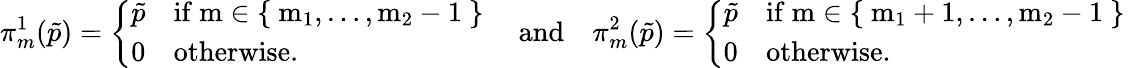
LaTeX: \pi_{m}^{1}(\tilde{p})=\left\{ \begin{array}{ll}{\tilde{p}}&{\mathrm{if~m\in\{ ~m_1,\dots,m_2-1~\} ~}}\\ {0}&{\mathrm{otherwise}.}\end{array}\right.\quad\mathrm{and}\quad\pi_{m}^{2}(\tilde{p})=\left\{ \begin{array}{ll}{\tilde{p}}&{\mathrm{if~m\in\{ ~m_1+1,\dots,m_2-1~\} ~}}\\ {0}&{\mathrm{otherwise}.}\end{array}\right.